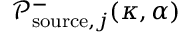
\mathcal { P } _ { \mathrm { s o u r c e } , j } ^ { - } ( \kappa , \alpha )